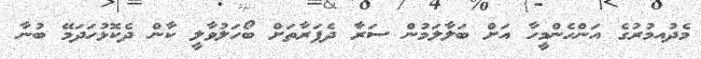
މެދުއމުރުގެ އަންހެންމީހާ އަށް ބަލާލަމުން ސަރާ ދެފަރާތަށް ބޯހަލުވާލީ ކާން ދެކޮޅުހަދަމޭ ބުނާ